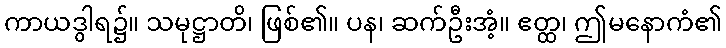
ကာယဒွါရ၌။ သမုဋ္ဌာတိ၊ ဖြစ်၏။ ပန၊ ဆက်ဦးအံ့။ ဧတ္ထ၊ ဤမနောကံ၏